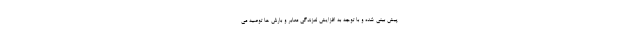
پیش بینی شده و با توجه به افزایش لغزندگی معابر و بارش ها توصیه می